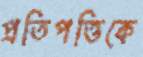
প্রতিপত্তিকে